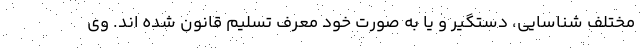
مختلف شناسایی، دستگیر و یا به صورت خود معرف تسلیم قانون شده اند. وی